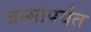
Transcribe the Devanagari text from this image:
जन्मांपर्यंत